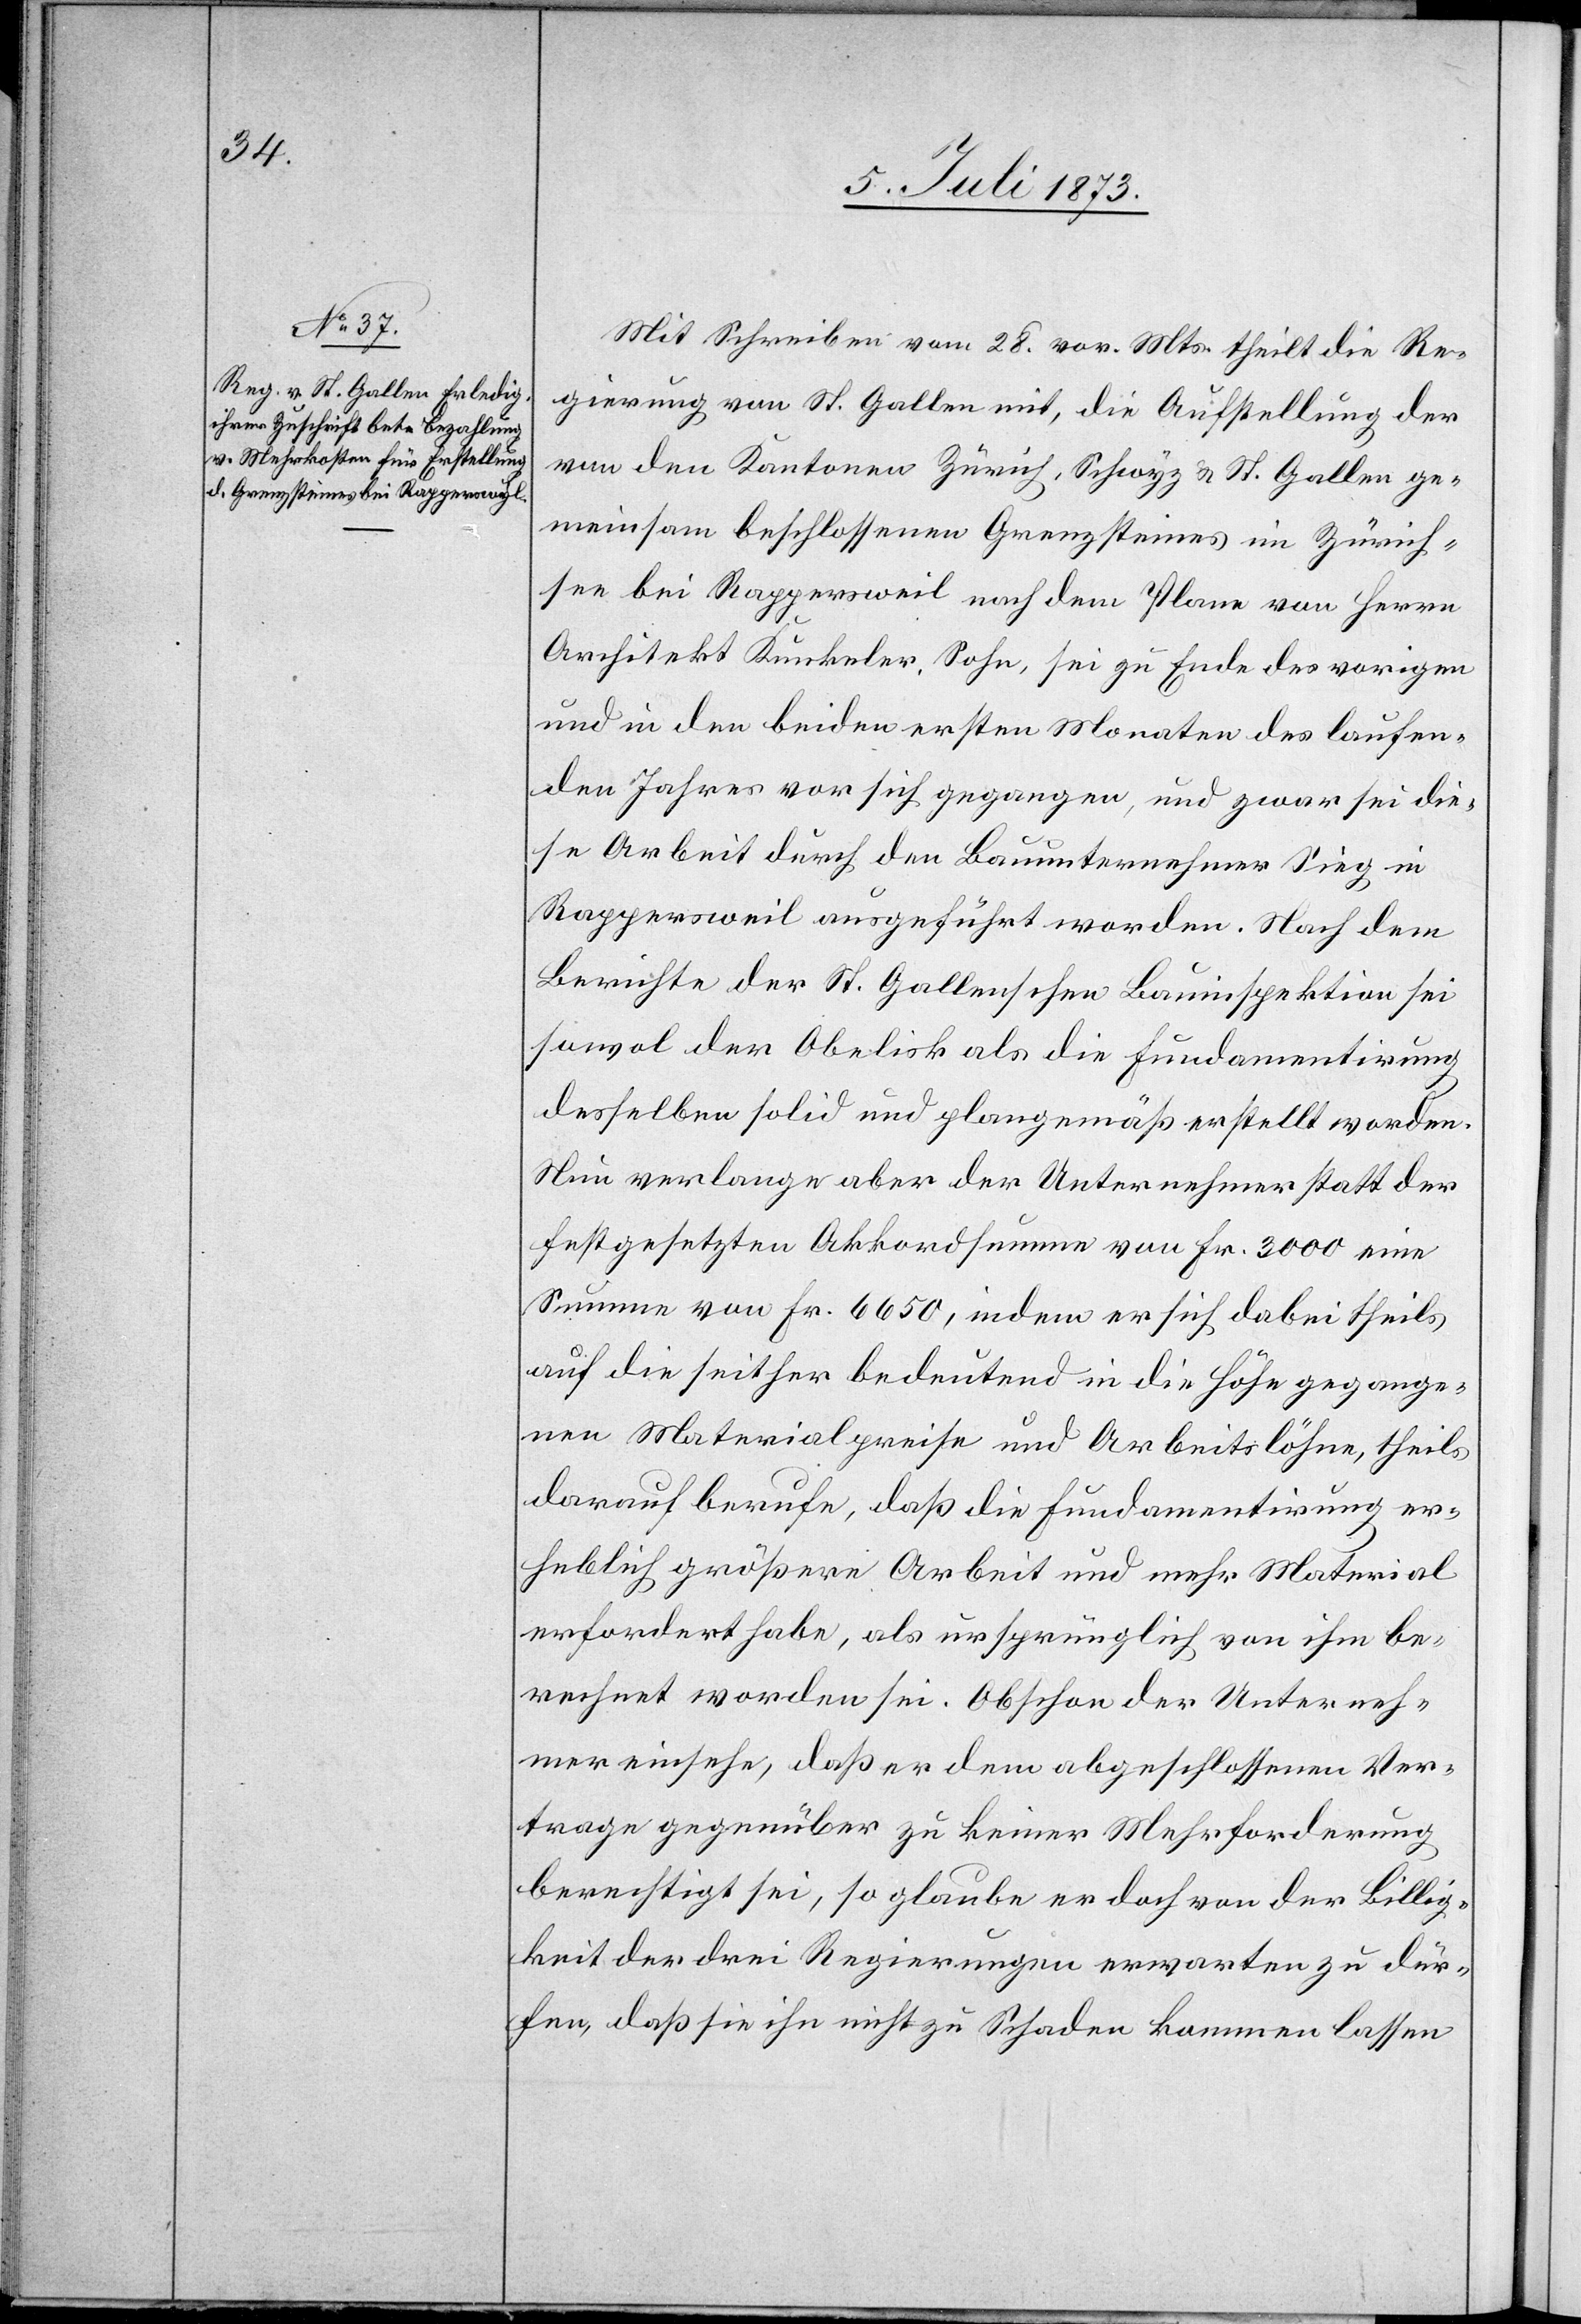
Mit Schreiben vom 28. vor. Mts. theilt die Re¬
gierung von St. Gallen mit, die Aufstellung der
von den Kantonen Zürich, Schwyz & St. Gallen ge¬
meinsam beschlossenen Grenzsteines [sic!] im Zürich¬
see bei Rappersweil nach dem Plane von Herrn
Architekt Kunkeler, Sohn, sei zu Ende des vorigen
und in den beiden ersten Monaten des laufen¬
den Jahres vor sich gegangen, und zwar sei die¬
se Arbeit durch den Bauunternehmer Sieg in
Rappersweil ausgeführt worden. Nach dem
Berichte der St. Gallenschen Bauinspektion sei
sowol der Obelisk als die Fundamentirung
desselben solid und plangemäß erstellt worden.
Nun verlange aber der Unternehmer statt der
festgesetzten Akkordsumme von Fr. 3 000 eine
Summe von Fr. 6 650, indem er sich dabei theils
darauf berufe, daß die Fundamentirung er¬
heblich größere Arbeit und mehr Material
erfordert habe, als ursprünglich von ihm be¬
rechnet worden sei. Obschon der Unterneh¬
mer einsehe, daß er dem abgeschlossenen Ver¬
trage gegenüber zu keiner Mehrforderung
berechtigt sei, so glaube er doch von der Billig¬
keit der drei Regierungen erwarten zu dür¬
fen, daß sie ihn nicht zu Schaden kommen lassen